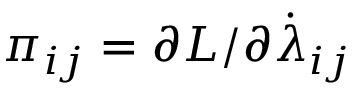
\pi _ { i j } = \partial L / \partial \dot { \lambda } _ { i j }